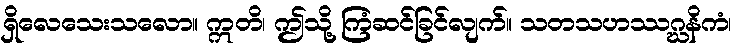
ရှိလေသေးသလော။ ဣတိ၊ ဤသို့ ကြံဆင်ခြင်လျက်။ သတသဟဿဂ္ဃနိကံ၊